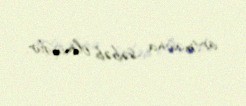
artmasına səbəb olmuşdur.